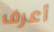
أعرف